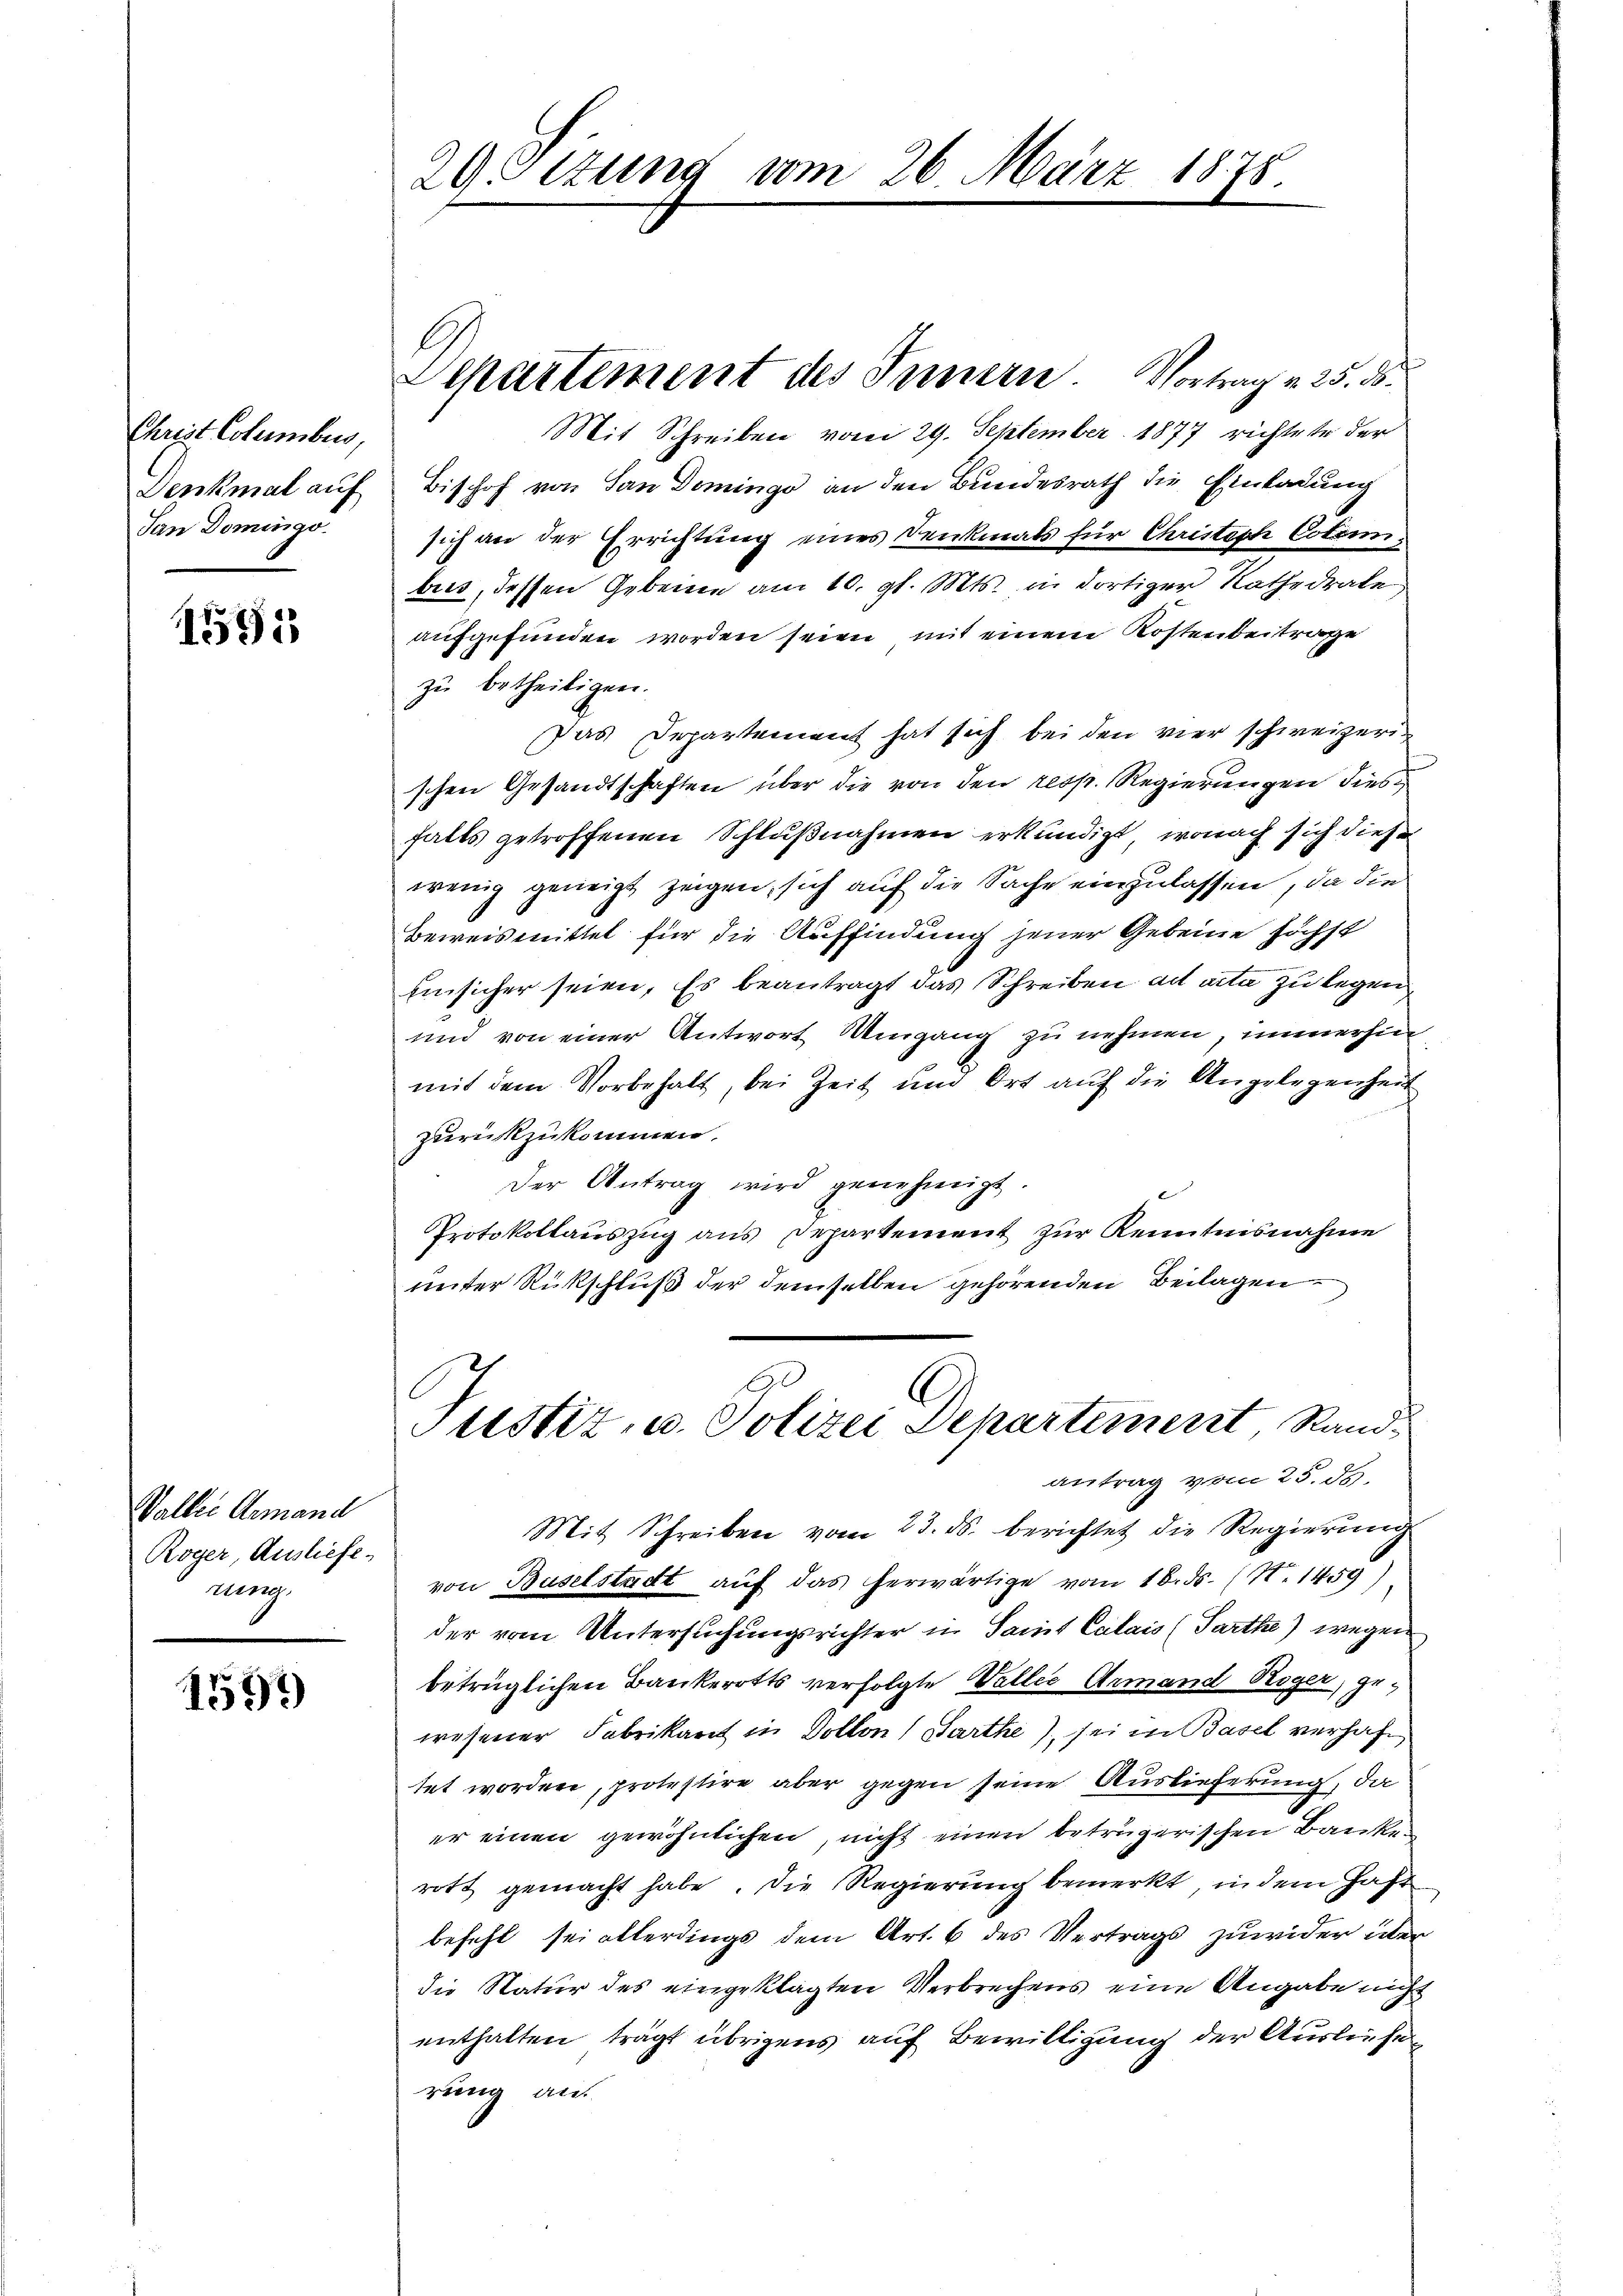
Christ Columburg,
Lenkmal auf
San Domingo

1591

Valler Gemand
Roger, Ausliefe
nung

1597)

29etzung vom 26. März 1878.

Departement des Innern. Vortrag v. 25. ds.

Mit Schreiben vom 29. September 1877 richtete der
Bischof von San Domings an den Bundesrath die Einladung
sich an der Errichtung eines Denkmals für Christes Colomibus, dessen Gebeine am 10. gl. Mts. in dortigen Rathedrale
aufgefunden worden seien mit einem Kostenbeitrage
zu betheiligen.
Das Departement hat sich bei den vier schweizer
schen Gesandtschaften über die von den resp. Regierungen dies
falls getroffenen Schlußnahmen erkundigt, wonach sich diese
wenig geneigt zeigen, sich auf die Sache einzulassen, da die
Beweismittel für die Auffindung jener Gebeine höchst
Einsicher seien. Es beantragt das Schreiben ad acta zu legen,
und von einer Antwort Umgang zu nehmen, immerhin
mit dem Vorbehalt, bei Zeit und Ort auf die Angelegenheit
zurückzukommen.
Der Antrag wird genehmigt.
Protokollauszug aus Departement zur Kenntnisnahme
unter Rückschluß der demselben gehörenden Beilagen
Justiz, u. Polizei Departement Rand-
antrag vom 25. ds.
Mit Schreiben vom 23. ds. berichtet die Regierung
von Baselstadt auf das herwärtige vom 18. ds. (N. 1459
der vom Untersuchungsrichter in Samit Calais (Parthe) wegen
betrüglichen Bankerotts verfolgte Valler Armand Reger, gewesener Fabrikant in Dollon (Barthe), sei in Basel verhaftet worden, protestire aber gegen seine Auslieferung, da
er einen gewöhnlichen, nicht einen betrügerischen Banke
rott gemacht habe. Die Regierung bemerkt, in dem Jahr
befehl sei allerdings dem Art. 6 des Vertrags zuwider über
die Natur des eingeklagten Verbrechens eine Angabe nicht
enthalten trägt übrigens auf Bewilligung der Ausliefe
rung auf